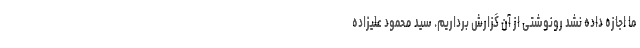
ما اجازه داده نشد رونوشتی از آن گزارش برداریم. سید محمود علیزاده